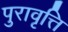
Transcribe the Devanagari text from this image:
पुरावृत्ति